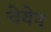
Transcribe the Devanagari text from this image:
चेयेन